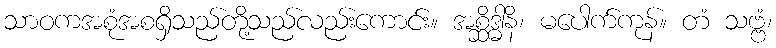
သာဝကအစုံအစရှိသည်တို့သည်လည်းကောင်း။ အစ္ဆိဒ္ဓါနိ၊ မပေါက်ကုန်။ တံ သဗ္ဗံ၊